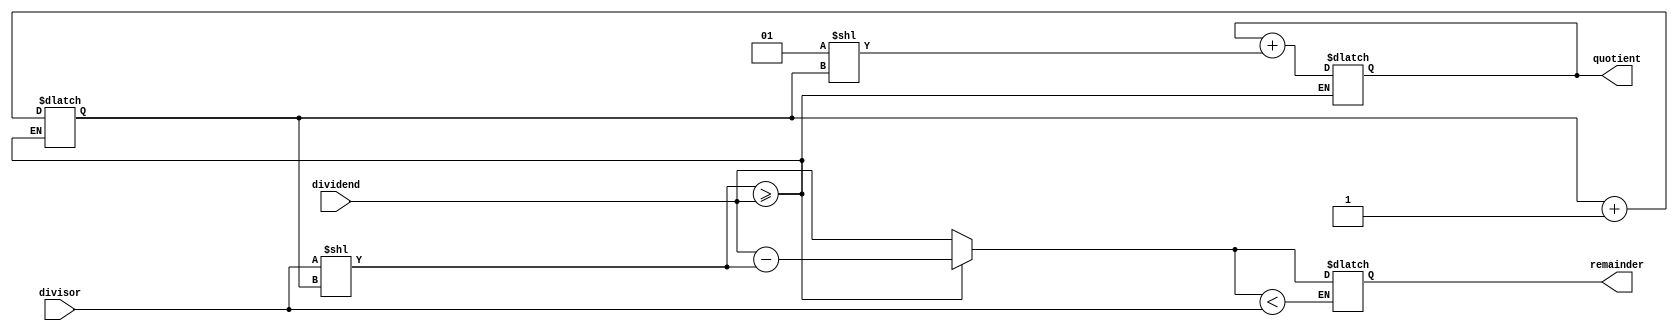
module shift_and_subtract_divider(
    input wire signed [7:0] dividend,
    input wire signed [7:0] divisor,
    output reg signed [7:0] quotient,
    output reg signed [7:0] remainder
);

reg signed [7:0] accumulator;
reg [4:0] shift_counter;
reg [7:0] shifted_divisor;

always @(*) begin
    shifted_divisor = divisor << shift_counter;
end

always @(*) begin
    if (shifted_divisor >= dividend) begin
        quotient = quotient + (1 << shift_counter);
        accumulator = dividend - shifted_divisor;
        shift_counter = shift_counter + 1;
    end else begin
        accumulator = dividend;
    end
end

always @(*) begin
    if (accumulator < divisor) begin
        remainder = accumulator;
    end
end

endmodule